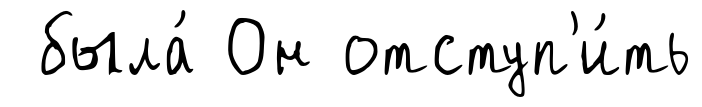
была́ Он отступ'и́ть